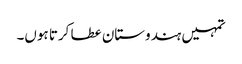
تمہیں ہندوستان عطا کرتا ہوں۔